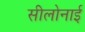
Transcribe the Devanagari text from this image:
सीलोनाई